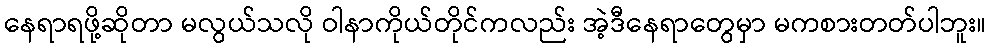
နေရာရဖို့ဆိုတာ မလွယ်သလို ဝါနာကိုယ်တိုင်ကလည်း အဲ့ဒီနေရာတွေမှာ မကစားတတ်ပါဘူး။